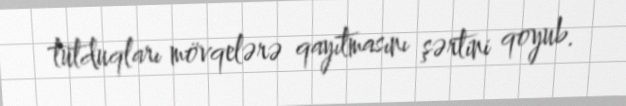
tutduqları mövqelərə qayıtmasını şərtini qoyub.